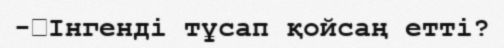
-	Інгенді тұсап қойсаң етті?